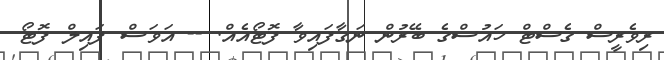
ރިވެރީސް ގެސްޓް ހައުސްގެ ބޭރުން ނަގާފައިވާ ފޮޓޯއެއް. -- އަވަސް ފައިލް ފޮޓޯ